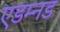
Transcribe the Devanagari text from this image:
एडम्नड